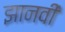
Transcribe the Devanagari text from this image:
झानवी